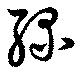
緑